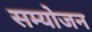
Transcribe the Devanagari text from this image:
सम्योजन